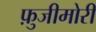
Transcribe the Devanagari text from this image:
फ़ुजीमोरी